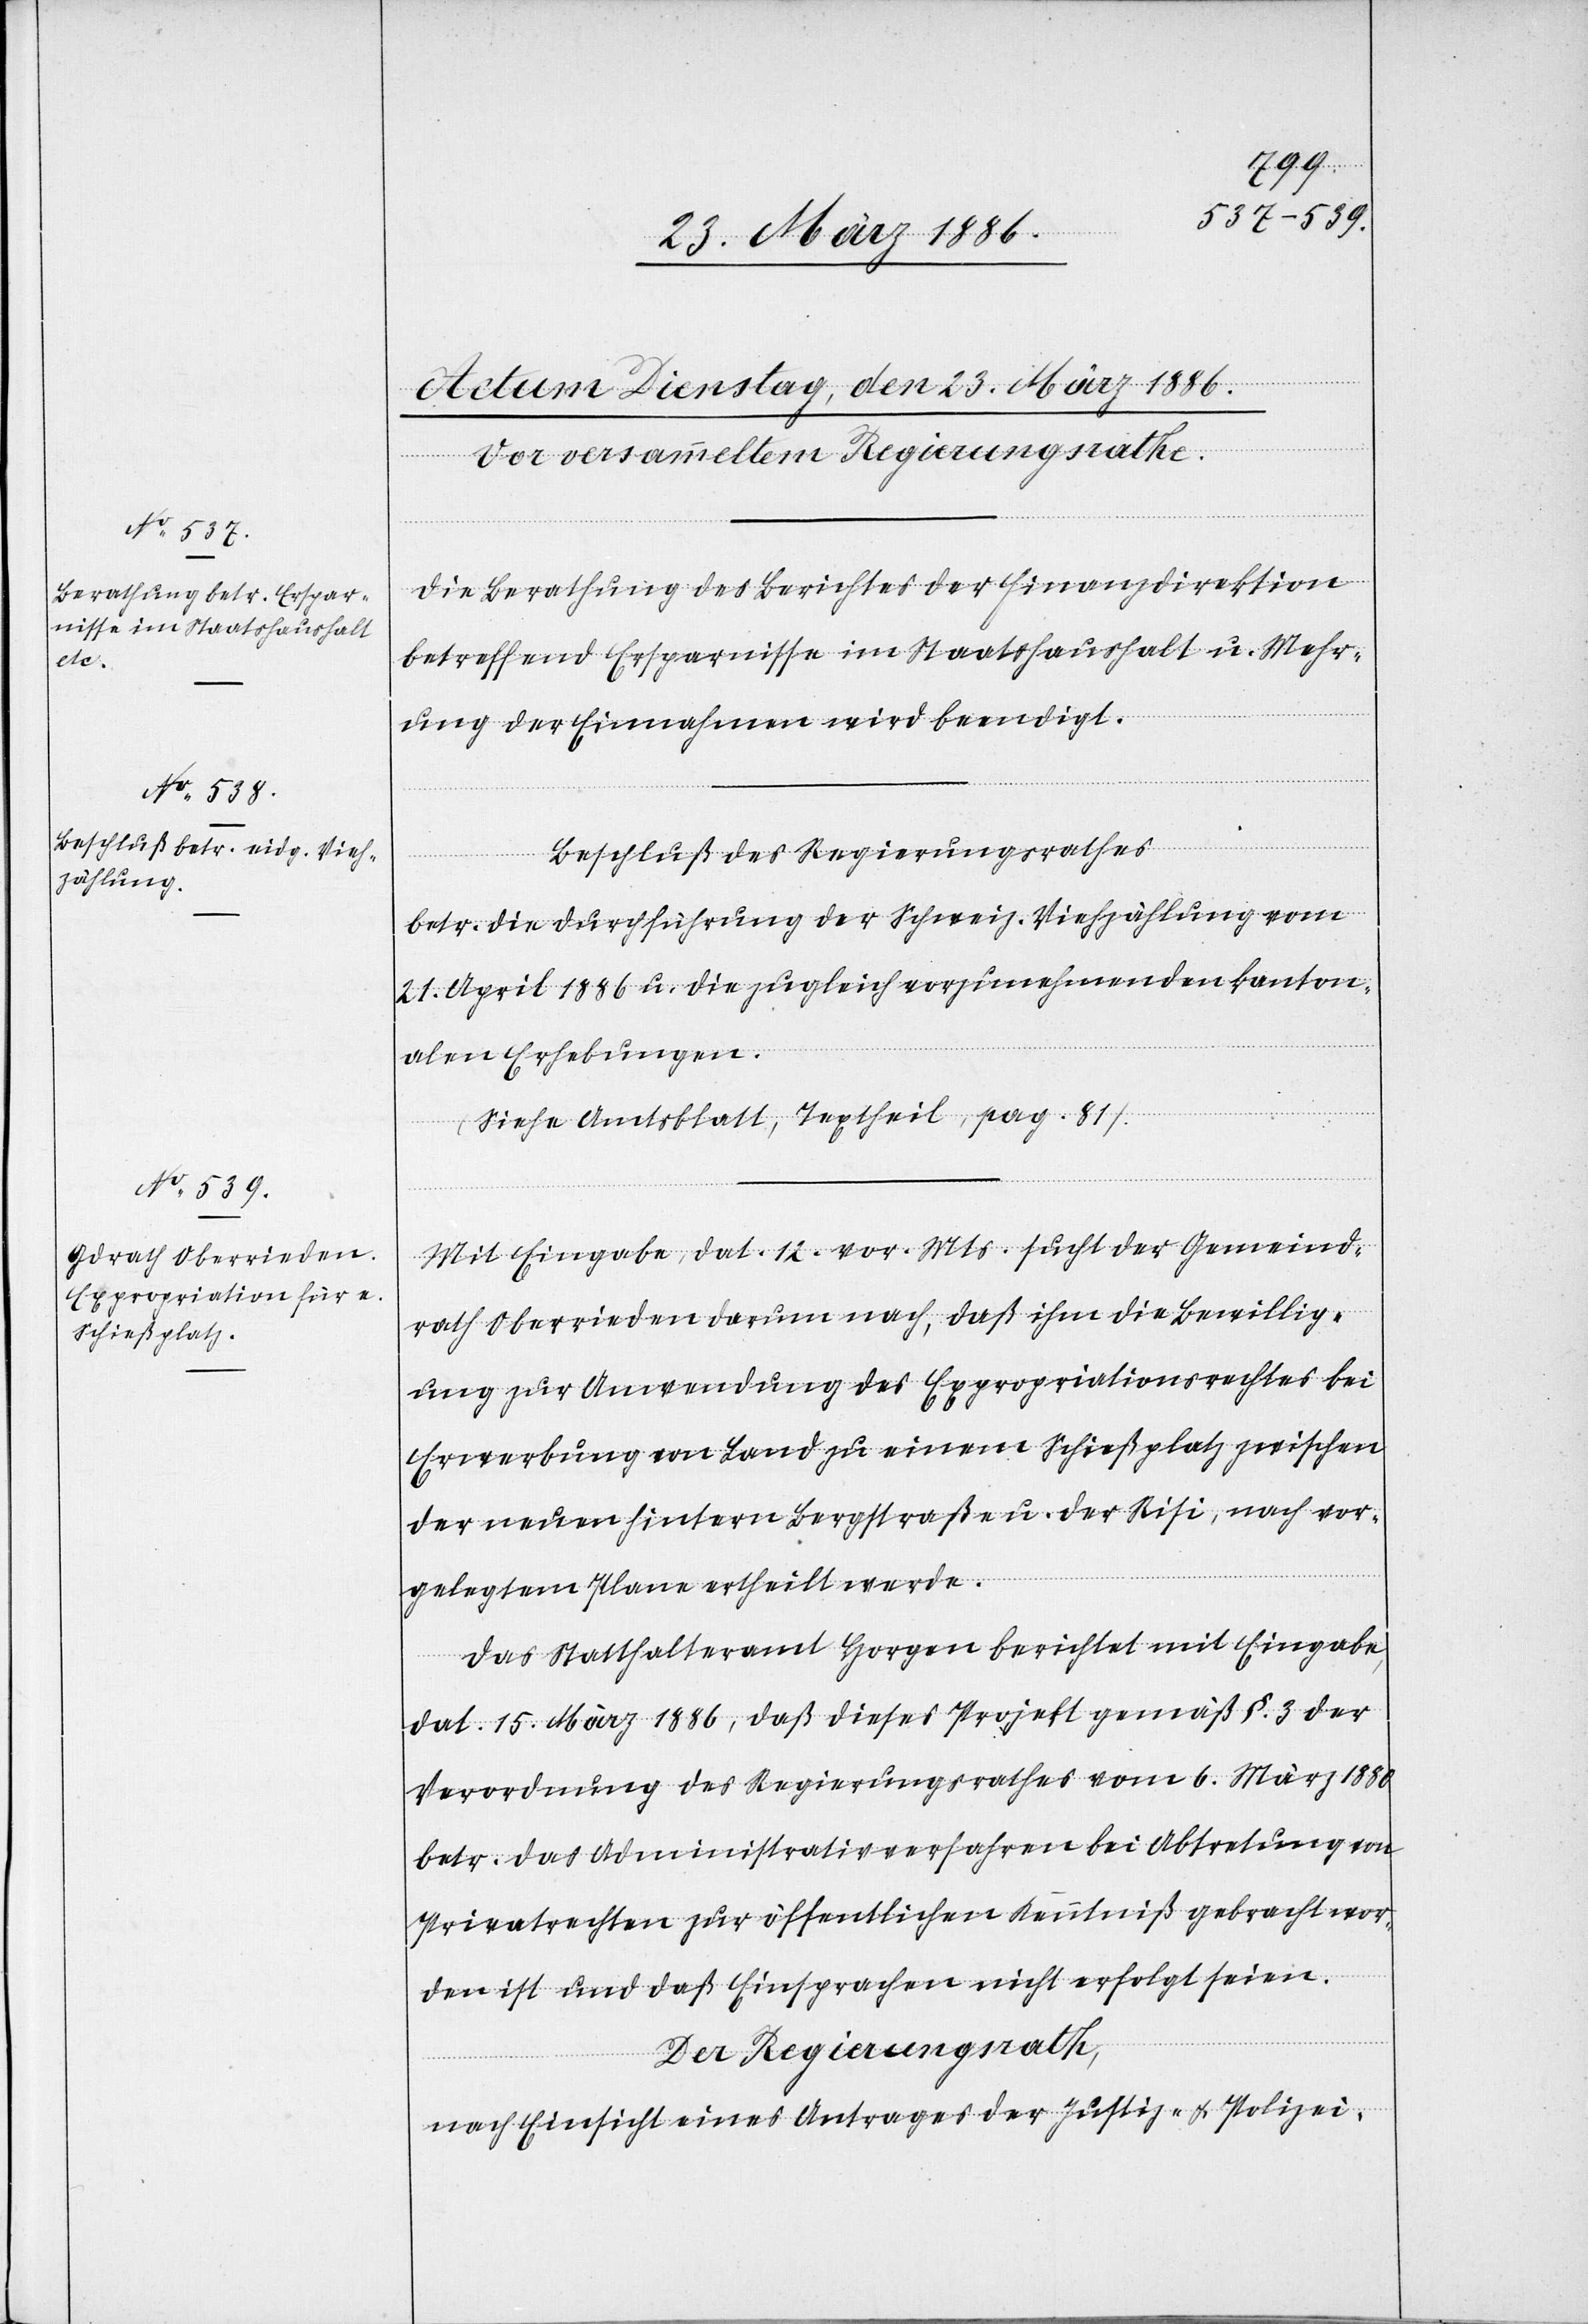
Die Berathung des Berichtes der Finanzdirektion
betreffend Ersparnisse im Staatshaushalt u. Mehr¬
ung der Einnahmen wird beendigt.
Beschluß des Regierungsrathes
betr. die Durchführung der Schweiz. Viehzählung vom
21. April 1886 u. die zugleich vorzunehmenden kanton¬
alen Erhebungen.
(Siehe Amtsblatt, Textheil, pag. 81)
Mit Eingabe, dat. 12. vor. Mts. sucht der Gemeind¬
rath Oberrieden darum nach, daß ihm die Bewillig¬
ung zur Anwendung des Expropriationsrechtes bei
Erwerbung von Land zu einem Schießplatz zwischen
der neuen hintern Bergstraße u. der Risi, nach vor¬
gelegtem Plane ertheilt werde.
Das Statthalteramt Horgen berichtet mit Eingabe,
dat. 15. März 1886, daß dieses Projekt gemäß §. 3 der
Verordnung des Regierungsrathes vom 6. März 1880
betr. das Administrativverfahren bei Abtretung von
Privatrechten zur öffentlichen Kenntniß gebracht wor¬
den ist und daß Einsprachen nicht erfolgt seien.
Der Regierungsrath,
nach Einsicht eines Antrages der Justiz- & Polizei-